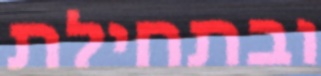
ובתחילת